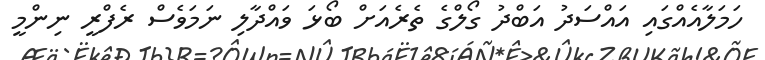
ހަމަލާއެއްގައި އައްސަދު އަބްދު ގޯލްގެ ތެރެއަށް ބޯޅަ ވައްދާލި ނަމަވެސް ރެފްރީ ނިންމީ